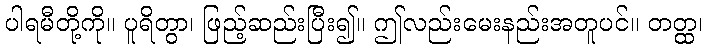
ပါရမီတို့ကို။ ပူရိတွာ၊ ဖြည့်ဆည်းပြီး၍။ ဤလည်းမေးနည်းအတူပင်။ တတ္ထ၊